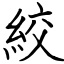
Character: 絞